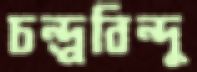
চন্দ্র্রবিন্দু